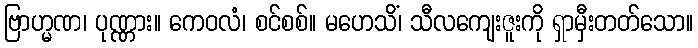
ဗြာဟ္မဏ၊ ပုဏ္ဏား။ ကေဝလံ၊ စင်စစ်။ မဟေသိံ၊ သီလကျေးဇူးကို ရှာမှီးတတ်သော။